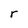
Character: r